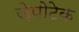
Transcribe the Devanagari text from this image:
ज़ेपोटेक